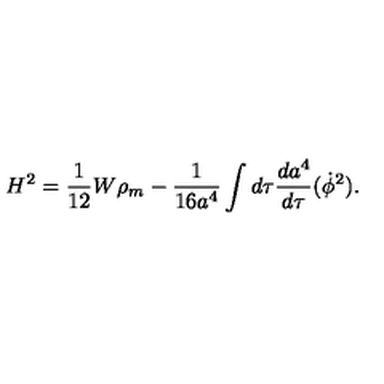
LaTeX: H ^ { 2 } = \frac { 1 } { 1 2 } W \rho _ { m } - \frac { 1 } { 1 6 a ^ { 4 } } \int d \tau \frac { d a ^ { 4 } } { d \tau } ( \dot { \phi } ^ { 2 } ) .